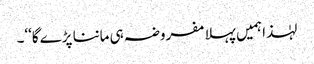
لہٰذا ہمیں پہلا مفروضہ ہی ماننا پڑے گا‘‘۔